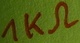
Text: 1KΩ